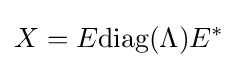
X=E{\textrm {diag}}(\Lambda )E^{*}